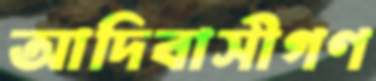
আদিবাসীগণ